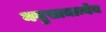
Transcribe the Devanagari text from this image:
ननुसामान्येन